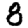
Digit: 8